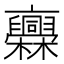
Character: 𣡥